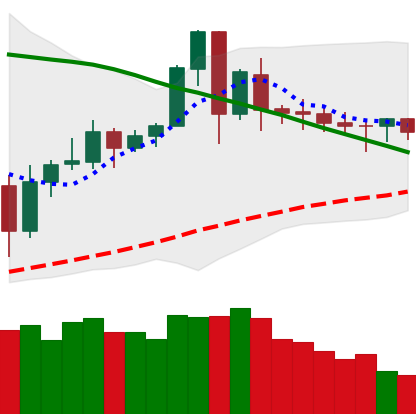
Ticker: ETC-USD
Chart end date: 2020-06-09
Forward return: -6.662%
Label: down_5_7